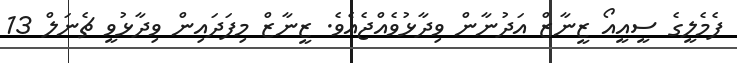
ފެމެލީގެ ސީއީއޯ ޒީނާޒް އަދުނާން ވިދާޅުވެއްޖެއެވެ. ޒީނާޒް މިފަދައިން ވިދާޅުވީ ޗެނަލް 13